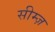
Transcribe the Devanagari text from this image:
सीम्ज़